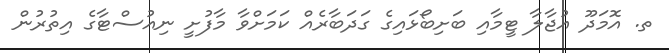
ތ. އޮމަދޫ އުޖާލާ ޓީމާއި ބަށިބޯޅައިގެ ގަދަބާރެއް ކަމަށްވާ މާފުށީ ނިއުސްޓާގެ އިތުރުން